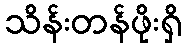
သိန်းတန်ဖိုးရှိ